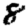
Digit: 8